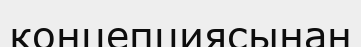
концепциясынан